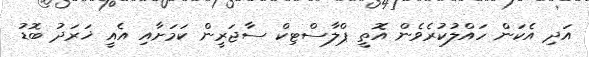
އަދި އެކަން ހައްލުކުރެވެން އޮތީ ޕްލާސްޓިކް ސާޖަރީން ކަމަށާއި އެއީ ޚަރަދު ބޮޑު